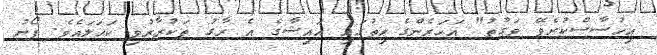
އިހުސާސްކުރެވޭ ވަގުތު" އަހަރެންގެ ހިތުގައި އައިޝާގެ އެ ރާގު ތަކުރާރުވި ކަހަލައެވެ. ފޯނު